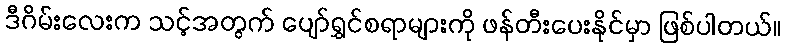
ဒီဂိမ်းလေးက သင့်အတွက် ပျော်ရွှင်စရာများကို ဖန်တီးပေးနိုင်မှာ ဖြစ်ပါတယ်။